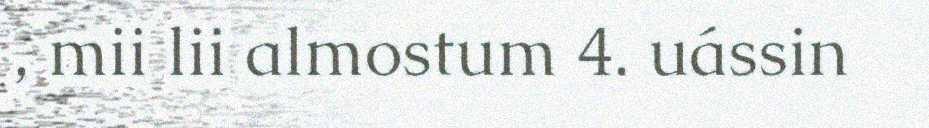
, mii lii almostum 4. uássin